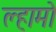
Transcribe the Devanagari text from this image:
ल्हामो